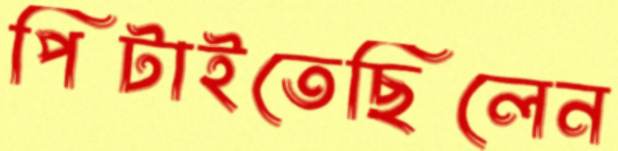
পিটাইতেছিলেন